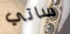
ساتي